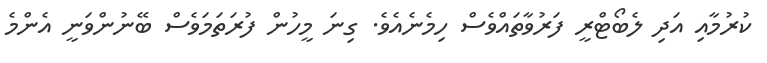
ކުރުމާއި އަދި ލެބޯޓްރީ ފަރުވާތައްވެސް ހިމެނެއެވެ. ގިނަ މީހުން ފުރަތަމަވެސް ބޭނުންވަނީ އެންމެ